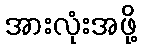
အားလုံးအဖို့